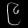
Digit: ၉